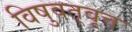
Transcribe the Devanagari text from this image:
विषुवत्‌वृत्त